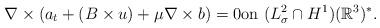
LaTeX: \begin{align*}\nabla \times (a_{t}+(B\times u)+\mu \nabla \times b)=0\textrm{on}\ (L^{2}_{\sigma}\cap H^{1}) (\mathbb{R}^{3})^{*}.\end{align*}